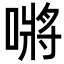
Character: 𭊟